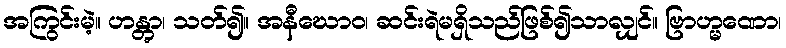
အကြွင်းမဲ့။ ဟန္တွာ၊ သတ်၍။ အနီဃောဝ၊ ဆင်းရဲမရှိသည်ဖြစ်၍သာလျှင်။ ဗြာဟ္မဏော၊